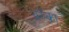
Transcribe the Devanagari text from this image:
अरॅका